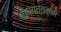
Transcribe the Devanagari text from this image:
शोधयंत्राद्वारे